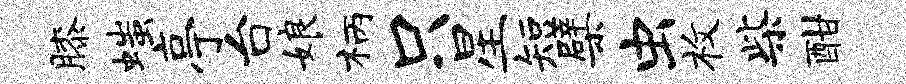
膝嗤亭台娘柄只星短檗虫枚柴酣